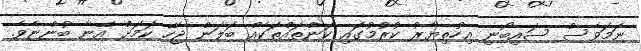
ނަމަވެސް ސައިބޯނި އިހުތިޔާރު ކުރުމުގައި ކަންތައްތަކެއް ބަލަން ޖެހޭ ކަމަށް އޭނާ ބުންޏެވެ.